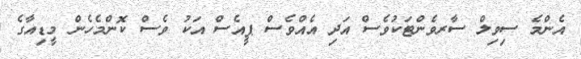
އެންމެ ސިވިލް ސާރވެންޓަކުވެސް އަދި އެއްވެސް ޕީއެސް އަކު ވެސް ކޮންމެހެން މީޑިއާގެ